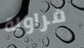
فراولة